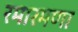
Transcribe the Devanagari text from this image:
रमारमणा